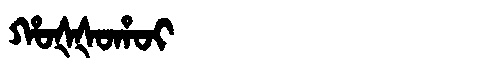
Manchu: ᡥᠣᡧᡧᠣᡥᠣᡳ
Romanization: HOŠŠOHOI